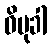
ဝိမုခါ